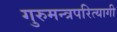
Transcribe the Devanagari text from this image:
गुरुमन्त्रपरित्यागी